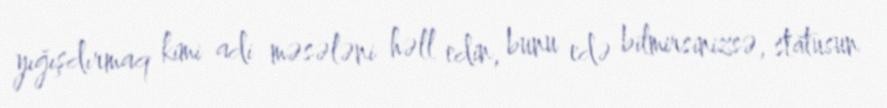
yığışdırmaq kimi adi məsələni həll edin, bunu edə bilmirsinizsə, statusun